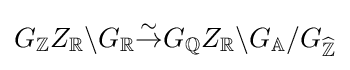
G_{\mathbb {Z} }Z_{\mathbb {R} }\backslash G_{\mathbb {R} }{\overset {\sim }{\to }}G_{\mathbb {Q} }Z_{\mathbb {R} }\backslash G_{\mathbb {A} }/G_{\widehat {\mathbb {Z} }}